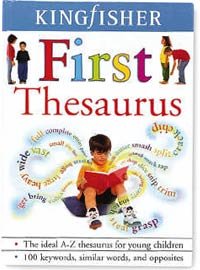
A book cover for A First Thesaurus; Harriet Wittels; Reference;